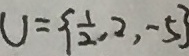
U = \{ \frac { 1 } { 2 } , 2 , - 5 \}